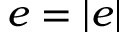
e = | e |